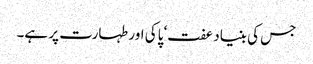
جس کی بنیاد عفت‘ پاکی اور طہارت پر ہے۔